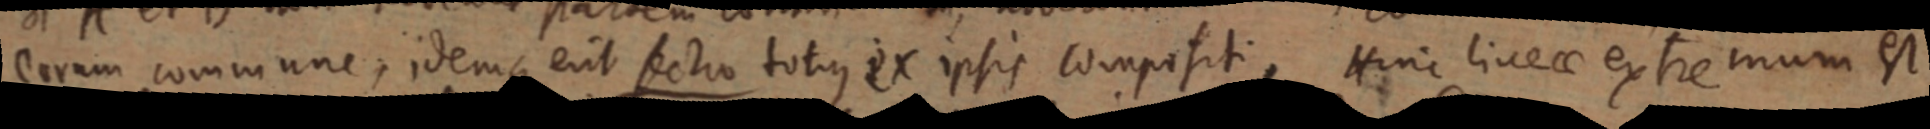
eorum commune, idemque erit sectio totus ex ipsis compositi, Hinc lineae extremum et